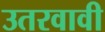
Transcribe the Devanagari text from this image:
उतरवावी